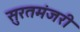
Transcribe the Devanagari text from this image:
सुरतमंजरी